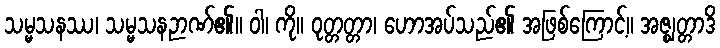
သမ္မသနဿ၊ သမ္မသနဉာဏ်၏။ ဝါ၊ ကို။ ဝုတ္တတ္တာ၊ ဟောအပ်သည်၏ အဖြစ်ကြောင့်။ အဇ္ဈတ္တာဒိ